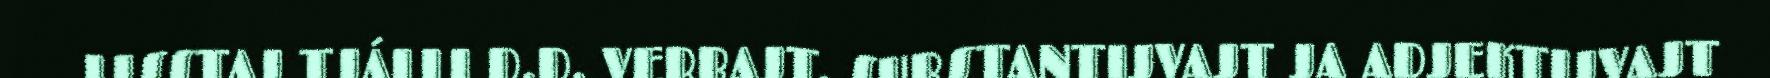
LISSTAJ TJÁLLI D.D. VERBAJT, SUBSTANTIJVAJT JA ADJEKTIJVAJT